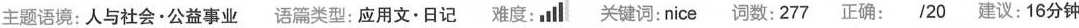
主题语境:人与社会·公益事业 语篇类型:应用文·日记 难度: 关键词:nice 词数:277 正确: /20 建议:16分钟